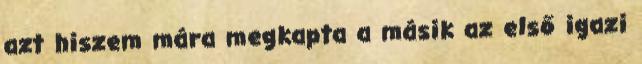
azt hiszem mára megkapta a másik az első igazi